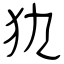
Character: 犰